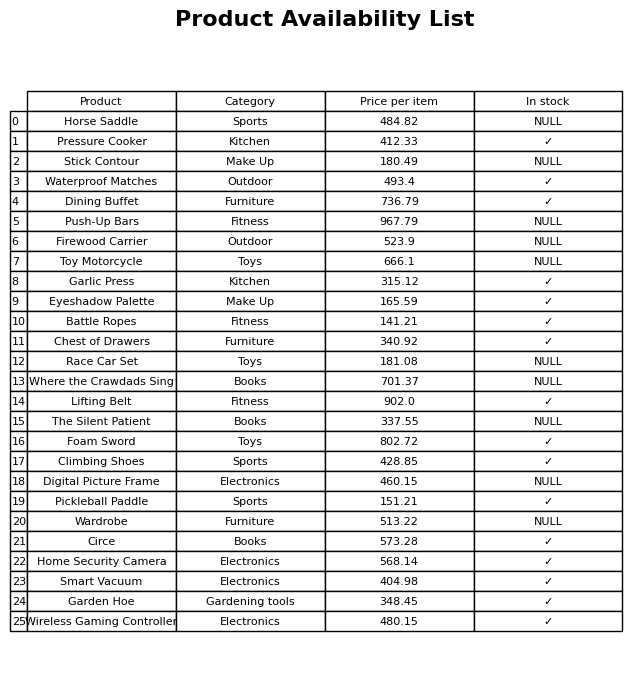
question: What is the price of the Climbing Shoes?
answer: The price of Climbing Shoes is 428.85.